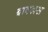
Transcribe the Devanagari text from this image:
बाक्खस